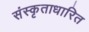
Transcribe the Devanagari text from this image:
संस्कृताधारित